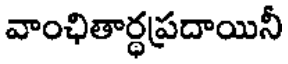
వాంఛితార్థప్రదాయినీ